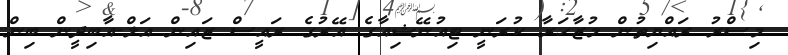
މިސްރު ރައްޔިތުން މުޒާހަރާ ކުރަނީ ޓިއުނޭޝިއާގެ އޭރުގެ ރައީސް ޒައިން އަލް-އާބިދީން ބިން